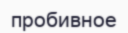
пробивное